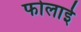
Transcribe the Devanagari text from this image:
फोलाई